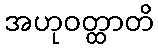
အဟုဝတ္ထာတိ